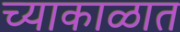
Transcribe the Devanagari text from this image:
च्याकाळात